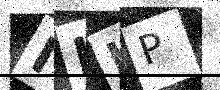
Text: IKIP